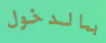
بالدخول